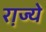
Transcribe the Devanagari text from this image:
रा़ज्ये